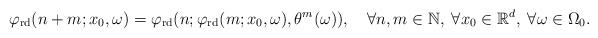
LaTeX: \begin{align*}\varphi_{\mathrm{rd}}(n+m;x_{0},\omega)=\varphi_{\mathrm{rd}}(n;\varphi_{\mathrm{rd}}(m;x_{0},\omega),\theta^{m}(\omega)),\quad\forall n,m\in\mathbb{N},\;\forall x_{0}\in\mathbb{R}^{d},\;\forall\omega\in\Omega_{0}.\end{align*}